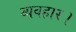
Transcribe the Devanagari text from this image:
व्‍यवहार।